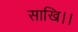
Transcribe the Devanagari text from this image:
साखि।।